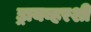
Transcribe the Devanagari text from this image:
ड्रायव्हरशी